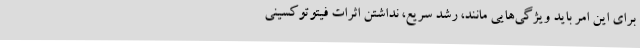
برای این امر باید ویژگی‌هایی مانند، رشد سریع، نداشتن اثرات فیتوتوکسینی